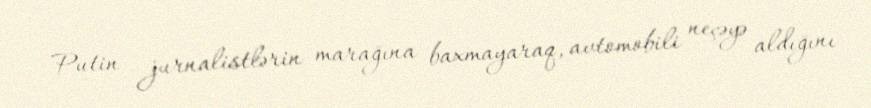
Putin jurnalistlərin marağına baxmayaraq, avtomobili neçəyə aldığını